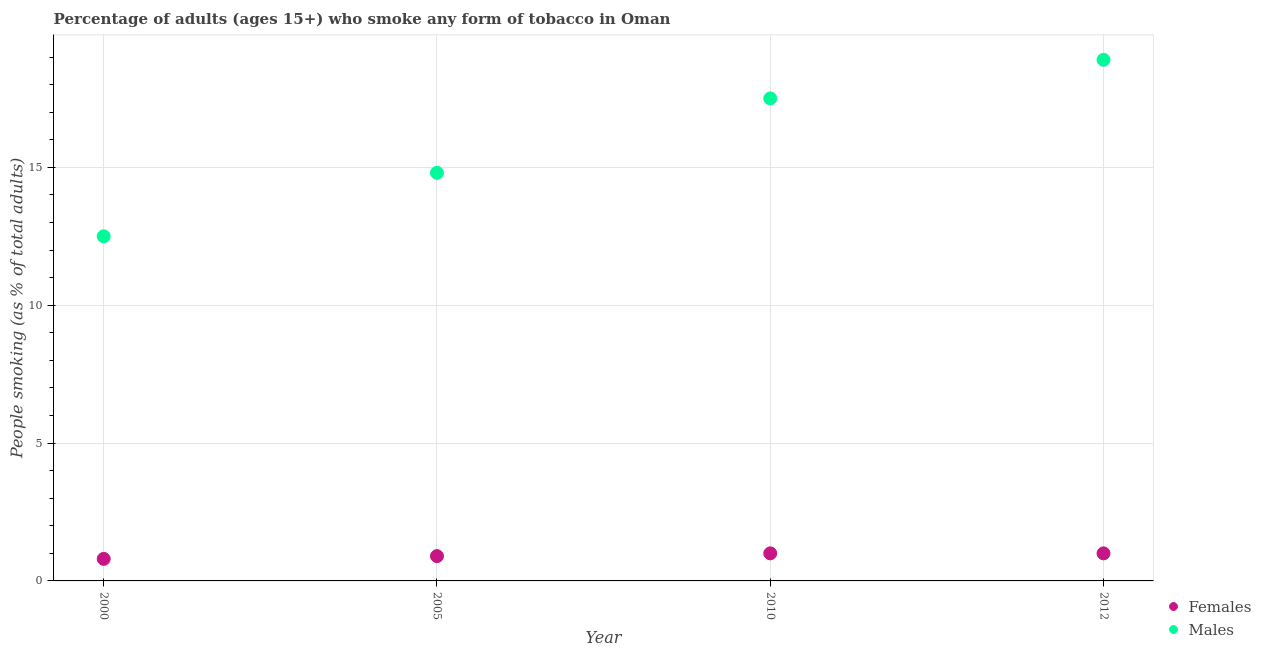
| Year | Females | Males |
 | --- | --- | --- |
 | 2000 | 0.8 | 12.5 |
 | 2005 | 0.9 | 14.8 |
 | 2010 | 1 | 17.5 |
 | 2012 | 1 | 18.9 |